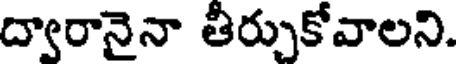
ద్వారానైనా తీర్చుకోవాలని.